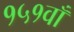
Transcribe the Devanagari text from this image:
१५१वाँ